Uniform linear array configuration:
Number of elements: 8
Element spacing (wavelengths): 0.75
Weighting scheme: hamming
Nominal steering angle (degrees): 15
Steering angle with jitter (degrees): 16.975
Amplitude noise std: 0.05
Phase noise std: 0.05

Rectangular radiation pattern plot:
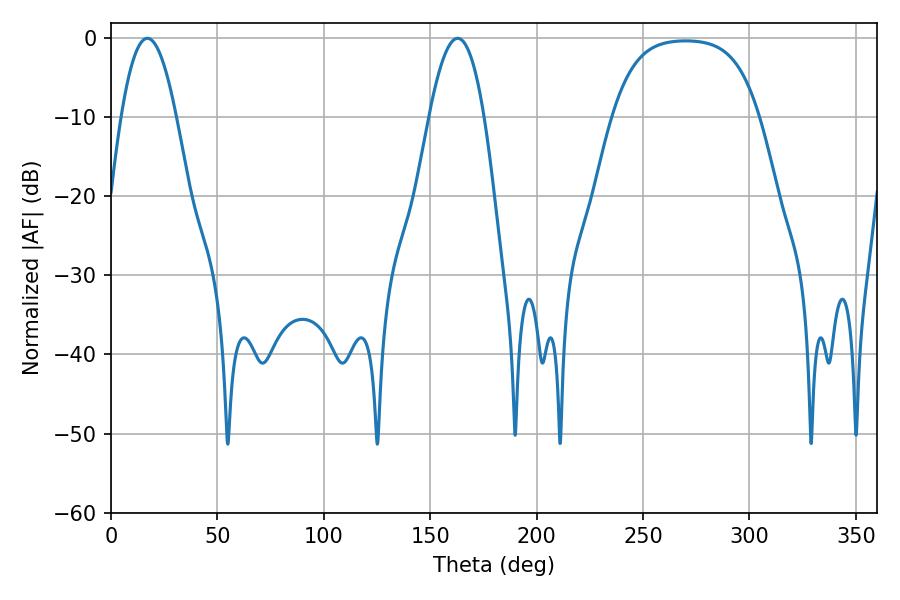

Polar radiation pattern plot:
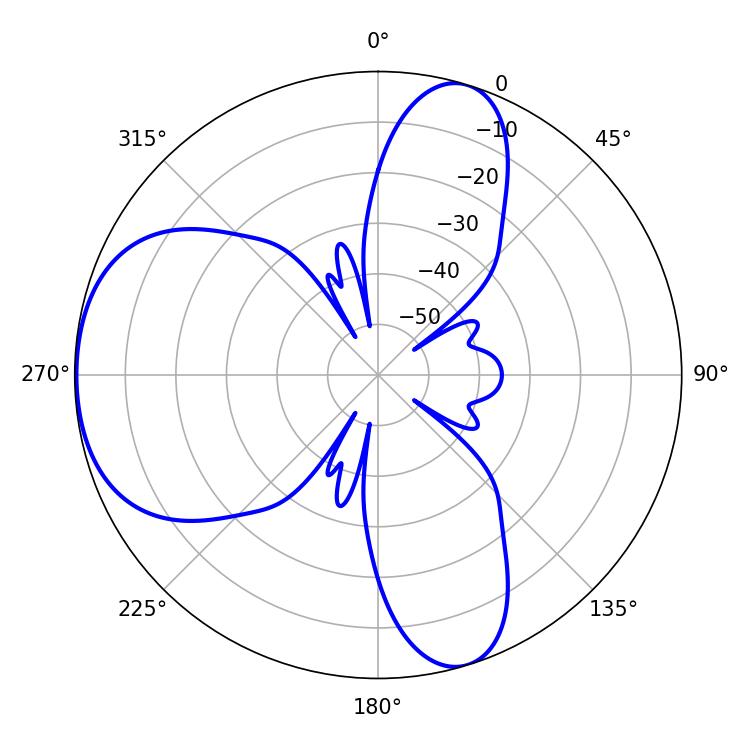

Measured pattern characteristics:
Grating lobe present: TRUE
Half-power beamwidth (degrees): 14.04
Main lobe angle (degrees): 162.9